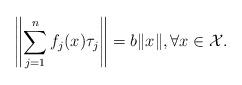
LaTeX: \begin{align*}\left\|\sum_{j=1}^{n}f_j(x)\tau_j\right\|= b\|x\|, \forall x \in \mathcal{X}.\end{align*}